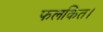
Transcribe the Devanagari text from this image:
फलकित।